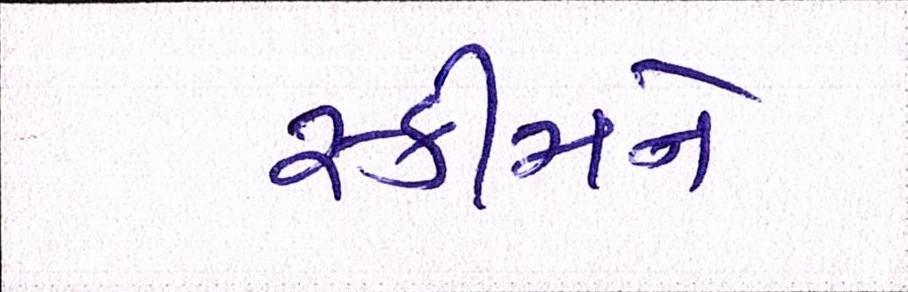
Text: સ્કીમને